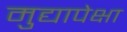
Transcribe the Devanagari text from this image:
मुद्यापेक्षा